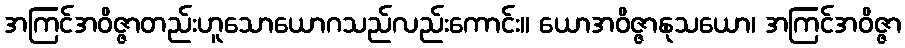
အကြင်အဝိဇ္ဇာတည်းဟူသောယောဂသည်လည်းကောင်း။ ယောအဝိဇ္ဇာနုသယော၊ အကြင်အဝိဇ္ဇာ